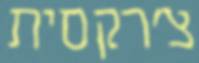
צ'רקסית